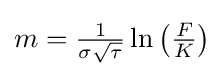
{\textstyle m={\frac {1}{\sigma {\sqrt {\tau }}}}\ln \left({\frac {F}{K}}\right)}